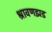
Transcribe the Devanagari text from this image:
श्रावणझड